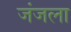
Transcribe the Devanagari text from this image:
जंजला